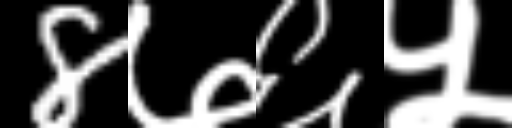
Text: 8७६५